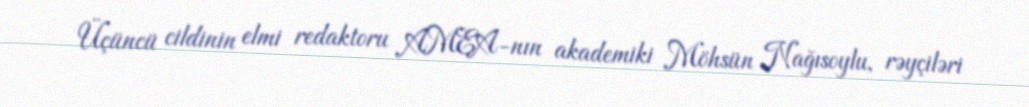
Üçüncü cildinin elmi redaktoru AMEA-nın akademiki Möhsün Nağısoylu, rəyçiləri